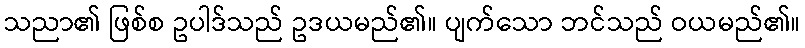
သညာ၏ ဖြစ်စ ဥပါဒ်သည် ဥဒယမည်၏။ ပျက်သော ဘင်သည် ဝယမည်၏။